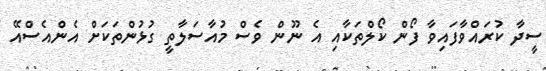
ސީދާ ކުރައްވާފައިވާ ފޯން ކޯލްތަކާއި އެ ނޫން ވެސް މުއާސަލާތީ ގުޅުންތަކަށް އެންއެސްއޭ